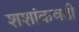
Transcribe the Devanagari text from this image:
शशांकवती